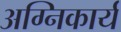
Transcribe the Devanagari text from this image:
अग्निकार्य